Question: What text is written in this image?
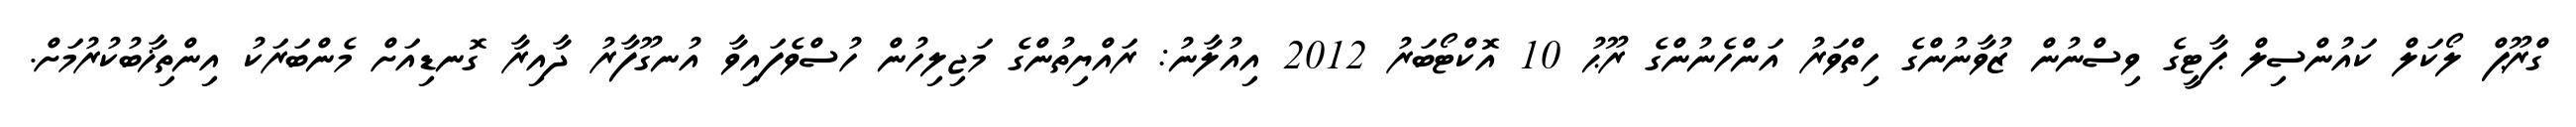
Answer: ގްރޫޕް ލޯކަލް ކައުންސިލް ޕާޓީގެ ވިސްނުން ޒުވާނުންގެ ހިތްވަރު އަންހެނުންގެ ރޫޙު 10 އޮކްޓޯބަރު 2012 އިއުލާނު: ރައްޔިތުންގެ މަޖިލިހުން ހުސްވެފައިވާ އުނގޫފާރު ދާއިރާ ގޮނޑިއަށް މެންބަރަކު އިންތިޚާބުކުރުމަށް.